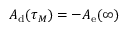
A _ { \mathrm { d } } ( \tau _ { M } ) = - A _ { \mathrm { e } } ( \infty )